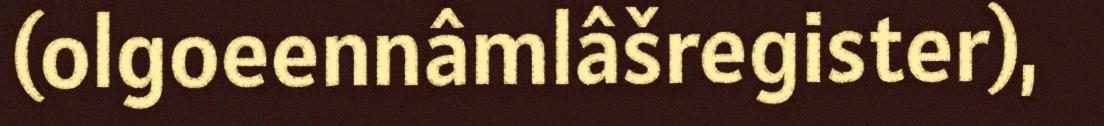
(olgoeennâmlâšregister),